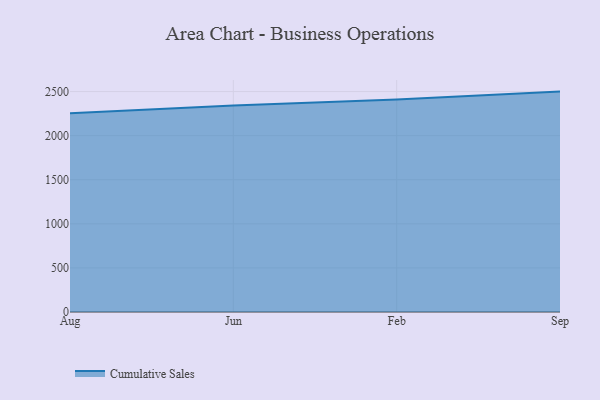
{"axis": {"x": "Month", "y": "Satisfaction Score"}, "legend": ["Cumulative Sales"], "data": [{"x": "Aug", "y": 2254.9, "type": "Cumulative Sales"}, {"x": "Jun", "y": 2343.1, "type": "Cumulative Sales"}, {"x": "Feb", "y": 2410.9, "type": "Cumulative Sales"}, {"x": "Sep", "y": 2499.5, "type": "Cumulative Sales"}]}